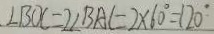
\angle B O C = 2 \angle B A C = 2 \times 6 0 ^ { \circ } = 1 2 0 ^ { \circ }